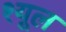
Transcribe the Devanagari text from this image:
श्यूल